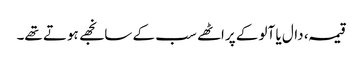
قیمہ، دال یا آلو کے پراٹھے سب کے سانجھے ہوتے تھے۔